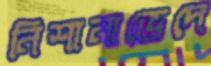
নিশানাভেদে